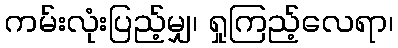
ကမ်းလုံးပြည့်မျှ၊ ရှုကြည့်လေရာ၊